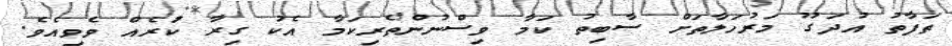
ތަފާތު އުދަގޫ މަރުހަލާތަށް ސާބިތު ކަމާ ވިސްނުންތެރިކަމާ އެކު ގިރާ ކުރެއް ވެވިއެވެ.